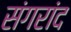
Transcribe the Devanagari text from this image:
संगरांद